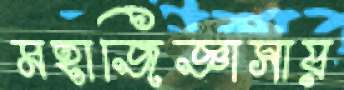
মহাজিজ্ঞাসায়